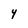
Character: Y